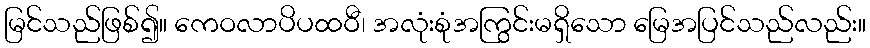
မြင်သည်ဖြစ်၍။ ကေဝလာပိပထဝီ၊ အလုံးစုံအကြွင်းမရှိသော မြေအပြင်သည်လည်း။